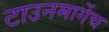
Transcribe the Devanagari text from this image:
टाउनमार्गेच